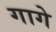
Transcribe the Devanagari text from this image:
गागे